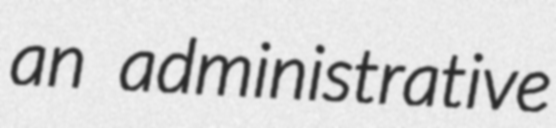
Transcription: an administrative